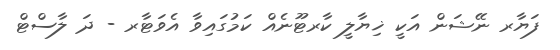
ފަޔާރ ނޭޝަން އަކީ ޚިޔާލީ ކާރޓޫނެއް ކަމުގައިވާ އެވަޓާރ - ދަ ލާސްޓް